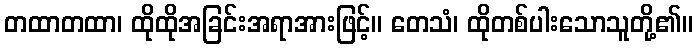
တထာတထာ၊ ထိုထိုအခြင်းအရာအားဖြင့်။ တေသံ၊ ထိုတစ်ပါးသောသူတို့၏။